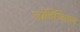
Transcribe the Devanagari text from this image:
त्रादिजितल